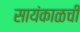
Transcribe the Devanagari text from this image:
सायंकाळची